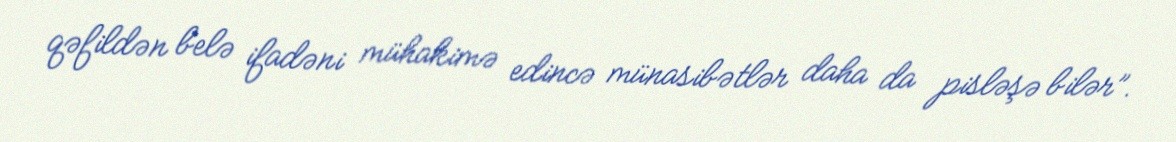
qəfildən belə ifadəni mühakimə edincə münasibətlər daha da pisləşə bilər”.